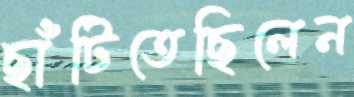
ছাঁটিতেছিলেন